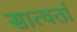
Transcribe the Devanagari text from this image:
सात्वतां